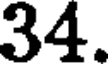
34.